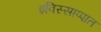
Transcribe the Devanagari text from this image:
इविस्साप्पात